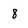
Character: 8